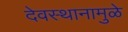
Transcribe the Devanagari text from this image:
देवस्थानामुळे